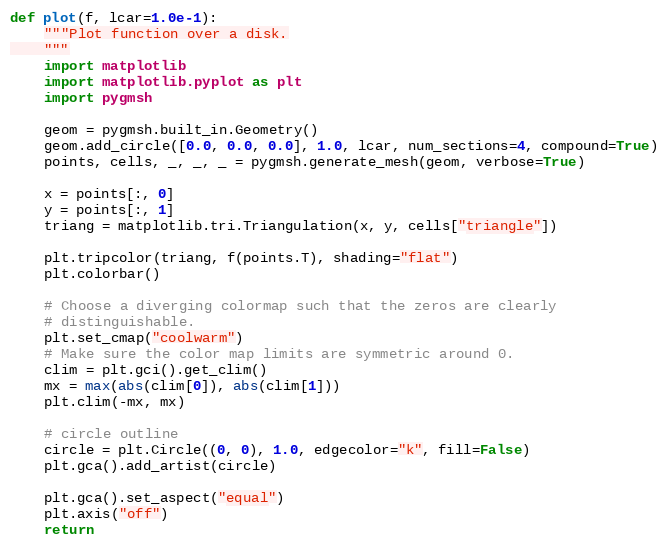
Language: Python
def plot(f, lcar=1.0e-1):
    """Plot function over a disk.
    """
    import matplotlib
    import matplotlib.pyplot as plt
    import pygmsh

    geom = pygmsh.built_in.Geometry()
    geom.add_circle([0.0, 0.0, 0.0], 1.0, lcar, num_sections=4, compound=True)
    points, cells, _, _, _ = pygmsh.generate_mesh(geom, verbose=True)

    x = points[:, 0]
    y = points[:, 1]
    triang = matplotlib.tri.Triangulation(x, y, cells["triangle"])

    plt.tripcolor(triang, f(points.T), shading="flat")
    plt.colorbar()

    # Choose a diverging colormap such that the zeros are clearly
    # distinguishable.
    plt.set_cmap("coolwarm")
    # Make sure the color map limits are symmetric around 0.
    clim = plt.gci().get_clim()
    mx = max(abs(clim[0]), abs(clim[1]))
    plt.clim(-mx, mx)

    # circle outline
    circle = plt.Circle((0, 0), 1.0, edgecolor="k", fill=False)
    plt.gca().add_artist(circle)

    plt.gca().set_aspect("equal")
    plt.axis("off")
    return